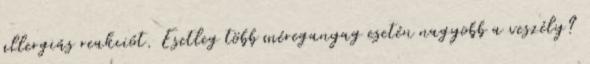
allergiás reakciót. Esetleg több méreganyag esetén nagyobb a veszély?